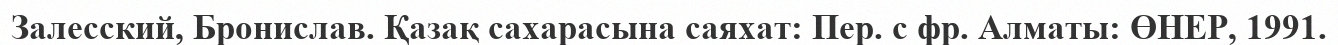
Залесский, Бронислав. Қазақ сахарасына саяхат: Пер. с фр. Алматы: ӨНЕР, 1991.